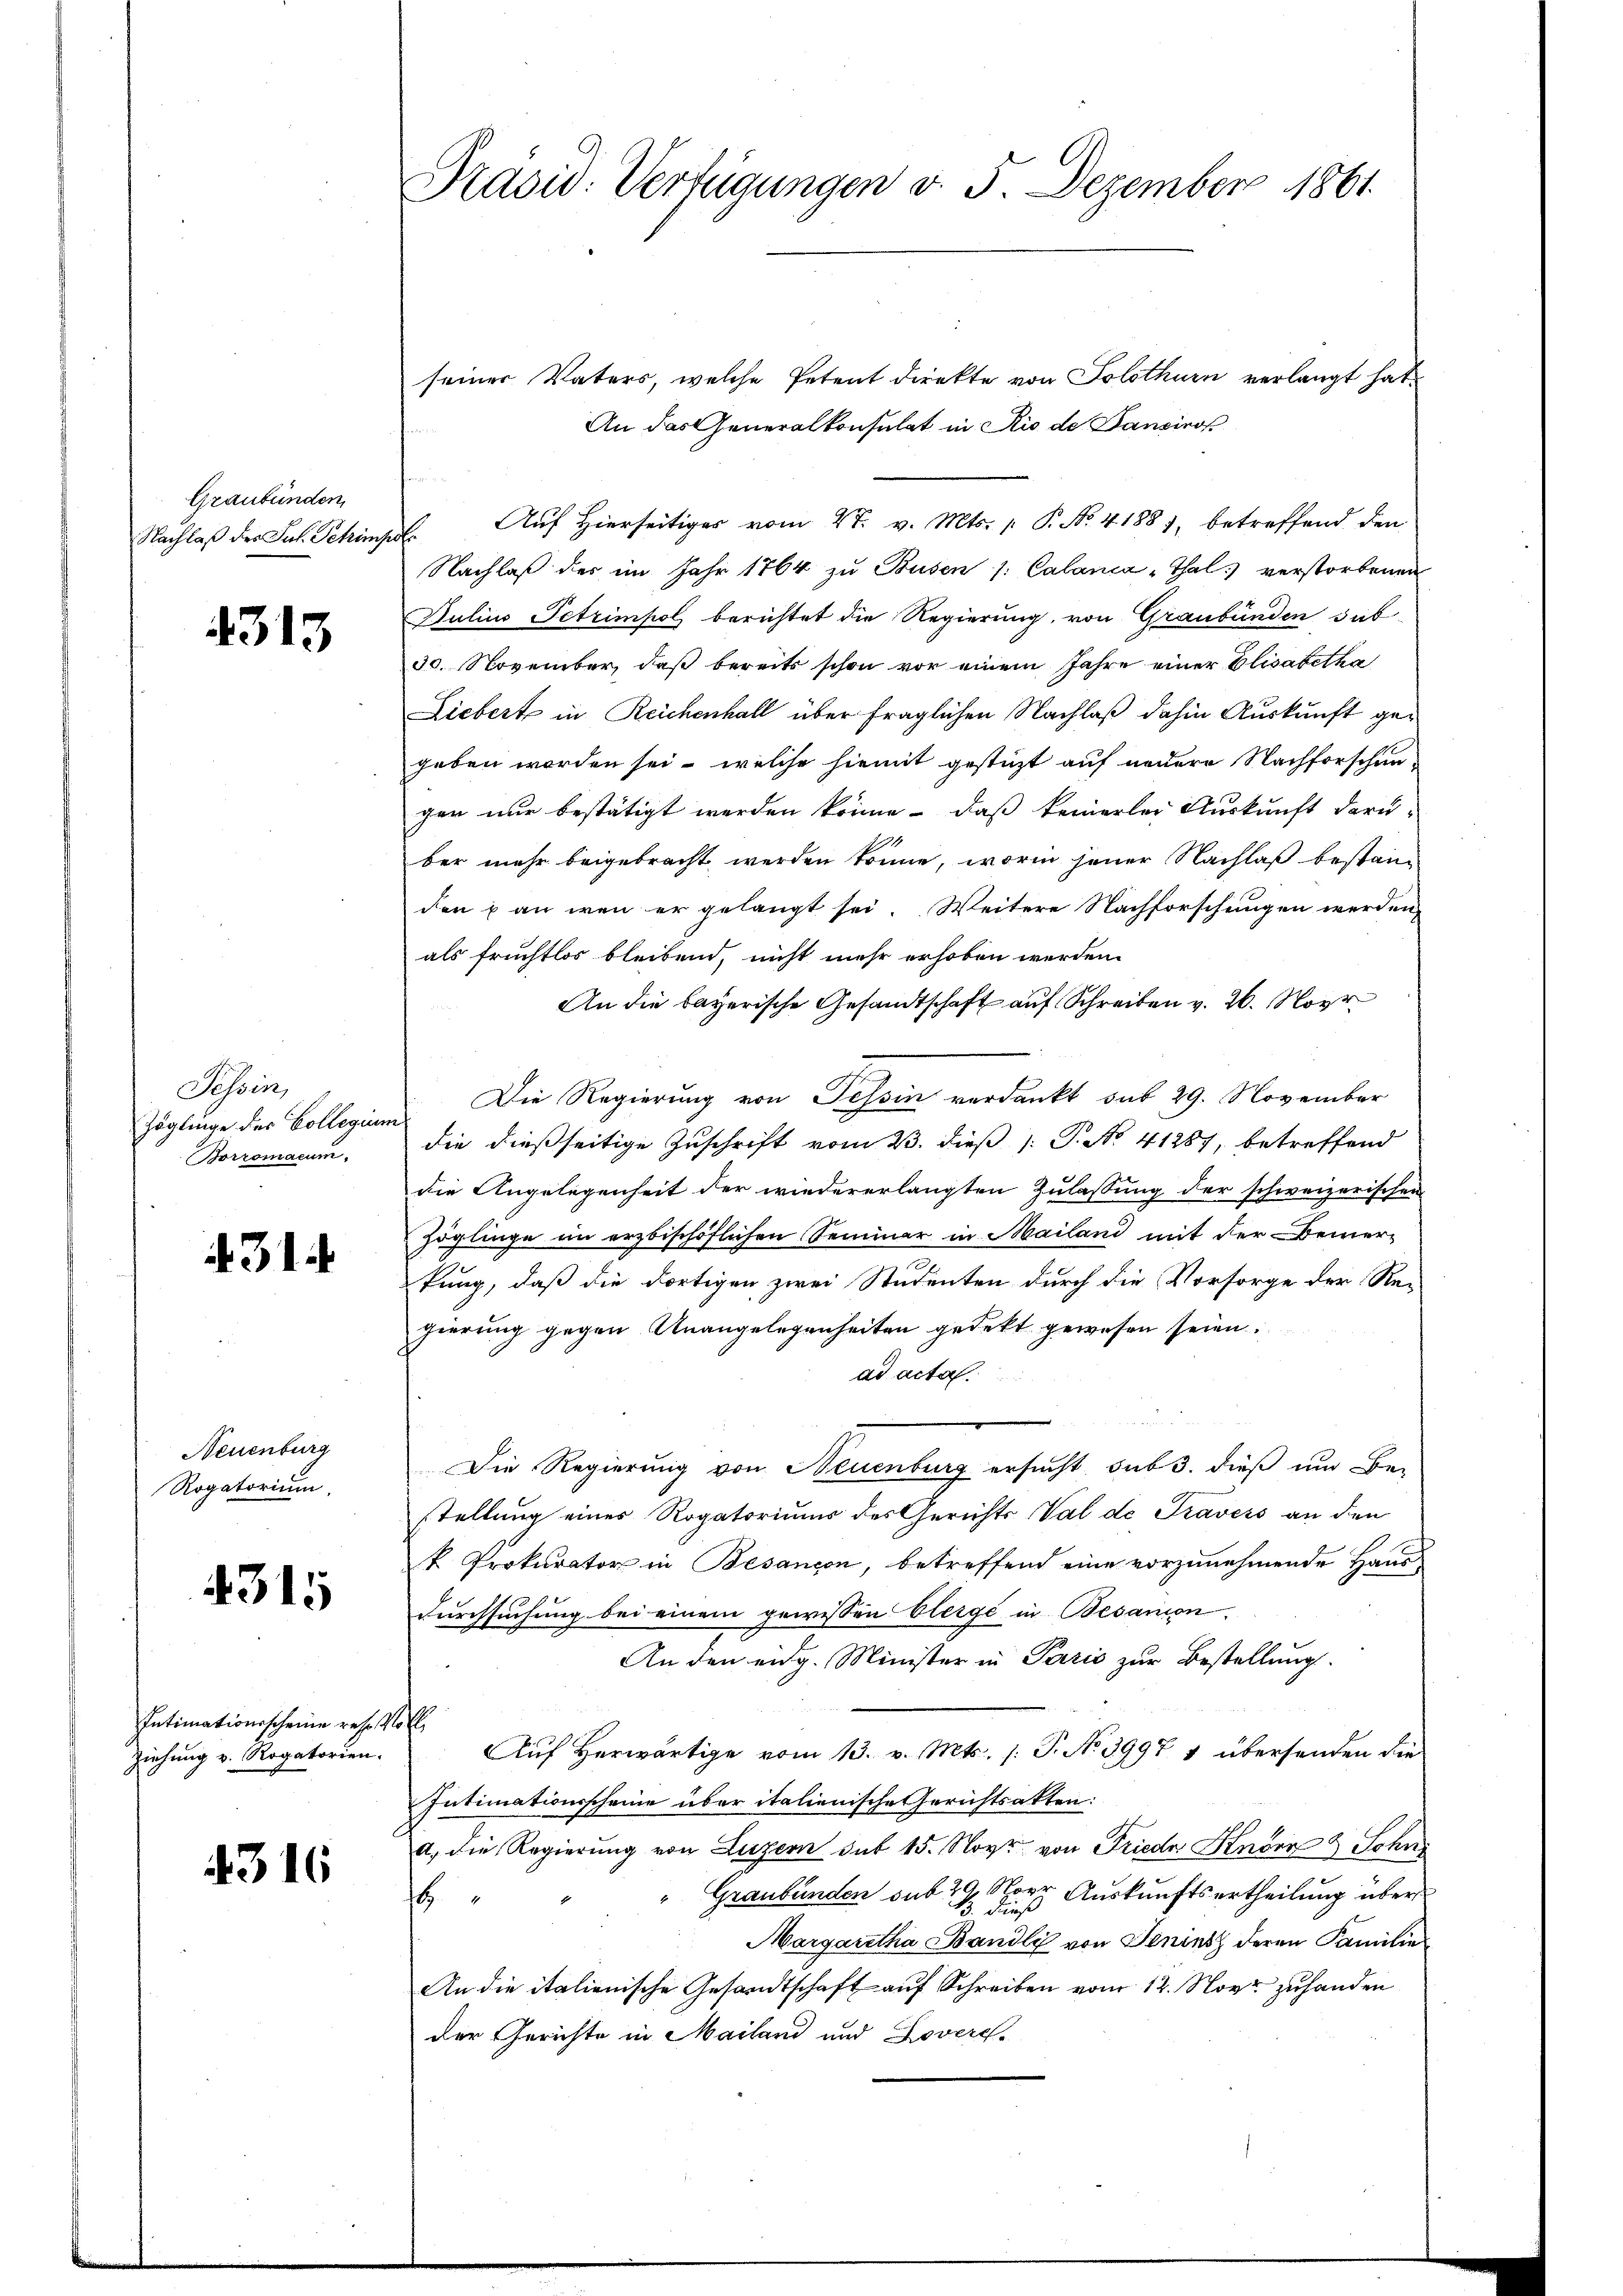
Graubünden

4313

Tessin,
Zöglinge des Collegium
Borromacum

431.

Neuenburg
Rogatorium

4315

Intimationsscheine rese Voll
Ziehung v. Rogatorien.

4316

Präsid. Verfügungen d. 5. Dezember 1861.

seiner Vaters, welche Petent direkte von Solothurn verlangt hat
An das Generalkonsulat in Rio de Tanziros
Nachlaβ der Jul. Schimpf. Auf hierseitiger vom 27. v. Mts. 1 P. No. 4. 1881, betreffend den
Nachlaß der im Jahr 1764 zu Busen /: Calanca -Thal verstorbenen
Julius Petrimpol berichtet die Regierung, von Graubünden sub
30. November, daß bereits schon vor einem Jahre einer Elisabetha
Liebert in Reichenhall über fraglichen Nachlaß dahin Auskunft gegeben worden sei, welche hiemit gestützt auf neuere Nachforschenger nur bestätigt werden könne, daß keinerlei Auskunft daru-
ber mehr beigebracht werden könne, worin jener Nachlaß bestein
den & an wenn er gelangt sei. Weitere Nachforschungen werden,
als fruchtlos bleibend, nicht mehr erhoben werden.
An die bayerische Gesandtschaft auf Schreiben v. 26. Nov
Die Regierung von Tessin verdankt sub 29. November
die dießseitige Zuschrift vom 23. dieß P. No. 41287, betreffend
die Angelegenheit der wiedererlangten Zulassung der schweizerischen
Zöglinge im erzbischöflichen Seminar in Mailand mit der Bemer-
tung, daß die dortigen zwei Studenten durch die Vorsorge der Re-
gierung gegen Unangelegenheiten gedekt gewesen seien.
ad acta
w in de
Die Regierung von Neuenburg ersucht, sub 3. dieß um Be-
stellung eines Rogatoriums des Gerichts-Val de Travess an den
k. Prokurator in Besançon, betreffend eine vorzunehmende Haus-
Durchsuchung bei einem gewissen Elerge in Besanion
An den eidg. Minister in Paris zur Bestellung.
Auf Herwärtige vom 13. v. Mts. /: P. No 3997 1 übersenden die
Intimationsscheine über italienische Gerichtsatten:
a. die Regierung von Luzern sub 15. Nov. von Fried Knörr & Sohn
Graubünden sub 29. Norz Auskunftsertheilung über
h
Margaretha Bandli von Jenins deren Familie
An die italienische Gesandtschaft auf Schreiben vom 12. Nov zuhanden
der Gerichte in Mailand und Lovere